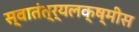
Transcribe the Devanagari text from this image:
स्वातंत्र्यलक्ष्मीस